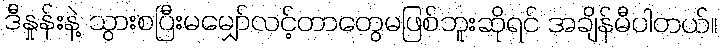
ဒီနှုန်းနဲ့ သွားစပြီးမမျှော်လင့်တာတွေမဖြစ်ဘူးဆိုရင် အချိန်မီပါတယ်။